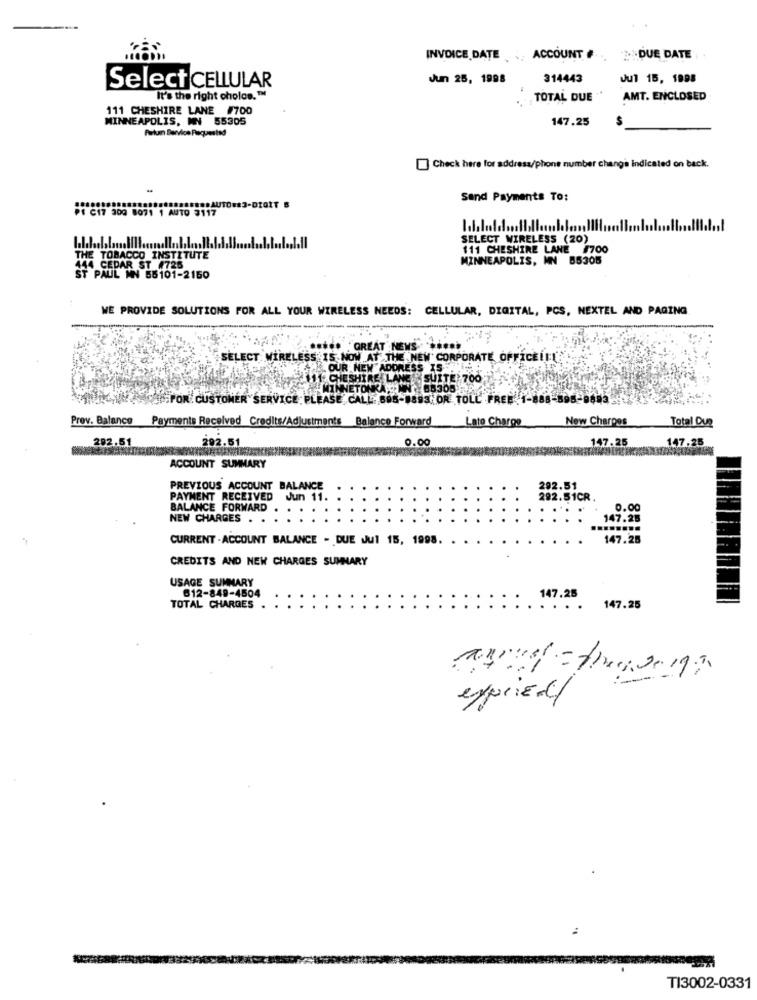
INVOICE DATE ACCOUNT #
2-DUE DATE
Jun 25, 1998
314443
Jul 15, 1998
Select CELLULAR
It's the right cholos."
TOTAL DUE
AMT. ENCLOSED
111 CHESHIRE LANE #700
MINNEAPOLIS, MN 55305
147.25
S
Check here for address/phone number change indicated on back.
Sand Payments To:
PE C17 300 8071 1 AUTO 3117
SELECT WIRELESS (20)
111 CHESHIRE LANE #700
THE TOBACCO INSTITUTE
MINNEAPOLIS, MN 55305
144 CEDAR ST #725
ST PAUL MN 55101-2150
WE PROVIDE SOLUTIONS FOR ALL YOUR WIRELESS NEEDS: CELLULAR, DIGITAL, PCS, NEXTEL AND PAGING
.***** GREAT NEWS ******
SELECT WIRELESS IS NOW AT THE NEW CORPORATE OFFICELEY
OUR NEW ADDRESS 15.
111 CHESHIRE LANE SUITE 700
MINNETONKA IN 88305
FOR CUSTOMER SERVICE PLEASE CALL: 695-8893 OR TOLL FREE.1-888-895-0403
Prov. Balance
Payments Received Credits/Adjustments Balance Forward
New Charges
Total Que
Lato Charge
292.51
292.51
0.00
147.25
147.25
ACCOUNT SUMMARY
PREVIOUS ACCOUNT BALANCE
292.51
PAYMENT RECEIVED Jun 11.
292.51CR.
BALANCE FORWARD
0.00
NEW CHARGES
147.25
CURRENT - ACCOUNT BALANCE - DUE Jul 15, 1998.
147.25
CREDITS AND NEW CHARGES SUMMARY
USAGE SUMMARY
612-849-4504
147.25
TOTAL CHARGES
:: :
....
147.25
:
experien/
TI3002-0331